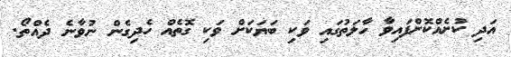
އަދި ކުށެއްކޮށްފައިވާ ހާލަތުގައި ވަކި ބަޔަކަށް ވަކި ގޮތެއް ހެދިގެން ނުވާނެ ދެއްތޯ.